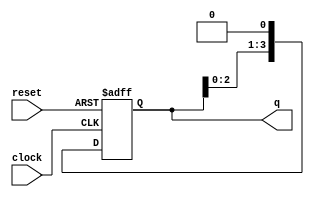
module johnson_counter #(
   parameter WIDTH = 4
)
(
   input wire clock,
   input wire reset,
   output reg [WIDTH-1:0] q
);

   always @(posedge clock or posedge reset)
   begin
      if (reset)
         q <= {WIDTH{1'b0}};
      else
         q <= q << 1;
   end 

endmodule